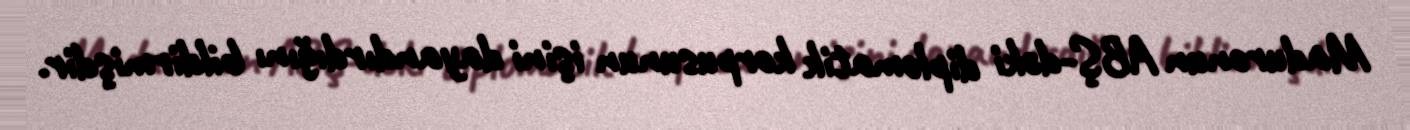
Maduronun ABŞ-dəki diplomatik korpusunun işini dayandırdığını bildirmişdir.